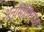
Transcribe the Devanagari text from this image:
अनुमितिगम्य